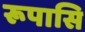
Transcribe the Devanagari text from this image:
रूपासि